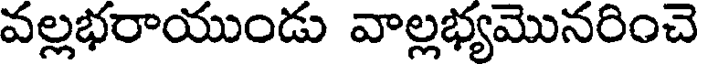
వల్లభరాయుండు వాల్లభ్యమొనరించె